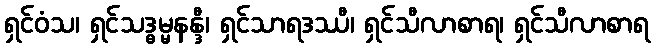
ရှင်ဝံသ၊ ရှင်သဒ္ဓမ္မနန္ဒီ၊ ရှင်သာရဒဿီ၊ ရှင်သီလာစာရ၊ ရှင်သီလာစာရ